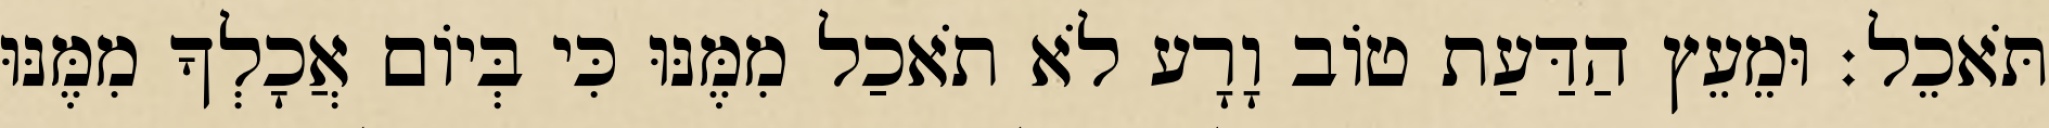
תֹּאכֵל׃ וּמֵעֵץ הַדַּעַת טֹוב וָרָע לֹא תֹאכַל מִמֶּנּוּ כִּי בְּיֹום אֲכָלְךָ מִמֶּנּוּ